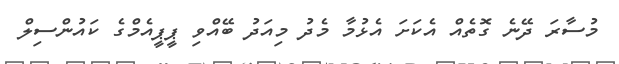
މުސާރަ ދޭނެ ގޮތެއް އެކަށަ އެޅުމާ މެދު މިއަދު ބޭއްވި ޕީޕީއެމްގެ ކައުންސިލް